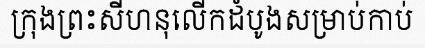
ក្រុងព្រះសីហនុលើកដំបូងសម្រាប់កាប់